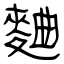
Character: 麯